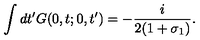
\int d t ^ { \prime } G ( 0 , t ; 0 , t ^ { \prime } ) = - \frac { i } { 2 ( 1 + \sigma _ { 1 } ) } .